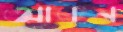
আকন